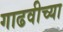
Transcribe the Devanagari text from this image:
गाढवीच्या